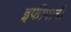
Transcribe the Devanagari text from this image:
इफीपानी